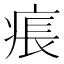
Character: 痮